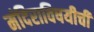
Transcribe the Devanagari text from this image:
मंदिराविषयीची